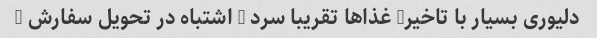
دلیوری بسیار با تاخیر- غذاها تقریبا سرد - اشتباه در تحویل سفارش -